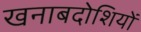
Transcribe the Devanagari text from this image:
खनाबदोशियों